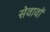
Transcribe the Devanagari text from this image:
सेवावों